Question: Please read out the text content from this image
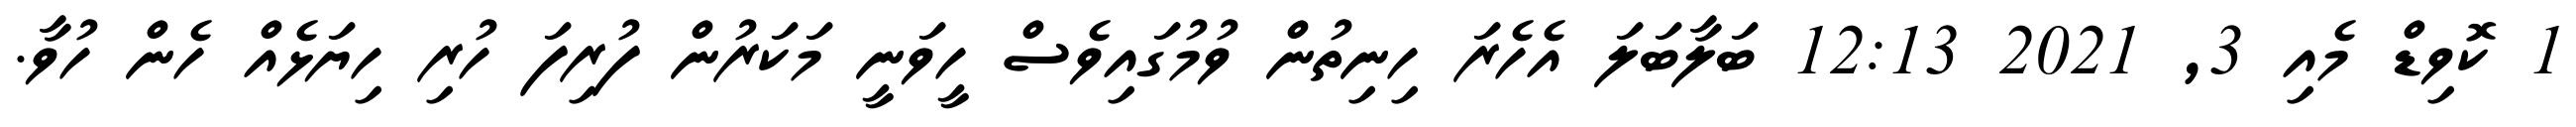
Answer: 1 ކޮވިޑް މެއި 3, 2021 12:13 ބަލާބަލަ އެހެރަ ހިނިތުން ވުމުގައިވެސް ހީވަނީ މަކަރުން ފުރިފަ ހުރި ހިޔަޅެއް ހެން ހުވާ.